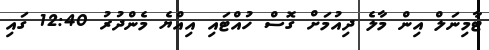
ޓާމިނަލް އިން މާލެ ދިއުމަށް ގޮސް ހުއްޓައި އިއްޔެ މެންދުރު 12:40 ގައި